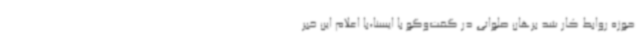
حوزه روابط کار شد برهان صلواتی در گفت‌وگو با ایسنا،با اعلام این خبر